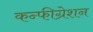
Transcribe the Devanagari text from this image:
कन्फीग्रेशन